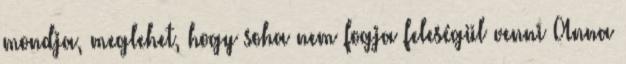
mondja, meglehet, hogy soha nem fogja feleségül venni Anna